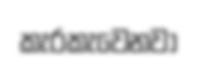
කැරකැවෙනවා